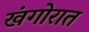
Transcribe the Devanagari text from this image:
खंगोरात